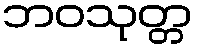
ဘဝသုတ္တ